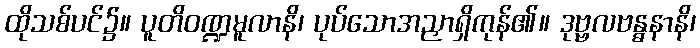
ထိုသစ်ပင်၌။ ပူတိဝဏ္ဍမူလာနိ၊ ပုပ်သောအညှာရှိကုန်၏။ ဒုဗ္ဗလဗန္ဓနာနိ၊